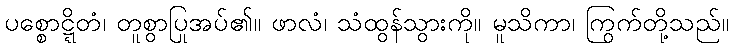
ပစ္စောဋ္ဋိတံ၊ တူစွာပြုအပ်၏။ ဖာလံ၊ သံထွန်သွားကို။ မူသိကာ၊ ကြွက်တို့သည်။